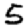
Digit: 5